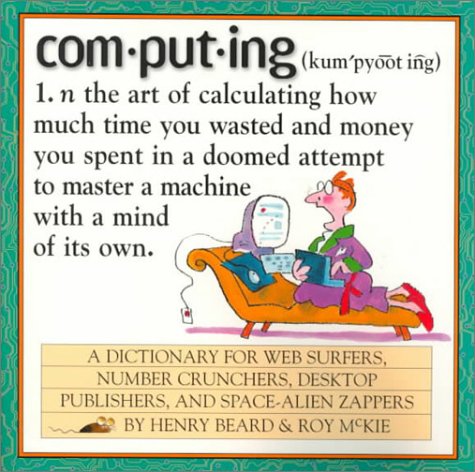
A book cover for Computing: A Hacker's Dictionary; Roy McKie; Humor & Entertainment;